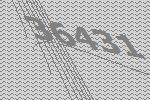
36431